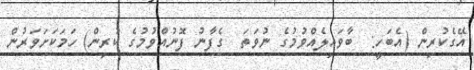
އޭގެކުރިން (އެބަހީ:  ބާވައިލެއްވުމުގެ ނުވަތަ  ގެފާނު ފޮނުއްވުމުގެ ކުރިން) ހަމަކަށަވަރުން